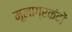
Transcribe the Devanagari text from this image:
मूलाग्रकंदों